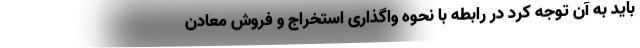
باید به آن توجه کرد در رابطه با نحوه واگذاری استخراج و فروش معادن